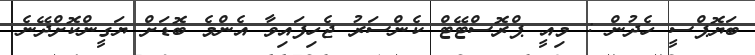
ބަޔޮޕްސީ ހެދުން : މިއީ ޕްރޮސްޓޭޓް ކެންސަރު ޖެހިފައިވާ އެންމެ ބޮޑަށް ޔަގީންކޮށްދޭނެ